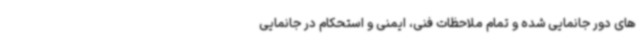
های دور جانمایی شده و تمام ملاحظات فنی، ایمنی و استحکام در جانمایی